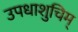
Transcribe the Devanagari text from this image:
उपधाशुचिम्